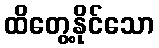
ထိတွေ့နိုင်သော